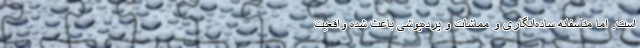
است. اما متاسفانه ساده‌انگاری و مماشات و پرده‌پوشی باعث شده واقعیت